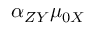
\alpha _ { Z Y } \mu _ { 0 X }